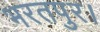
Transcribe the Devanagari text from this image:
भरतपुर।